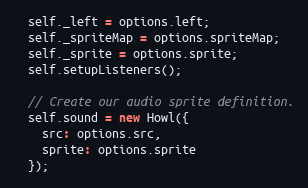
Language: JavaScript
  self._left = options.left;
  self._spriteMap = options.spriteMap;
  self._sprite = options.sprite;
  self.setupListeners();

  // Create our audio sprite definition.
  self.sound = new Howl({
    src: options.src,
    sprite: options.sprite
  });